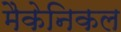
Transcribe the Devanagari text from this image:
मैकेनिकल